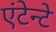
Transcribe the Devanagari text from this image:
एंटेन्टे